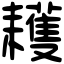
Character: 耯